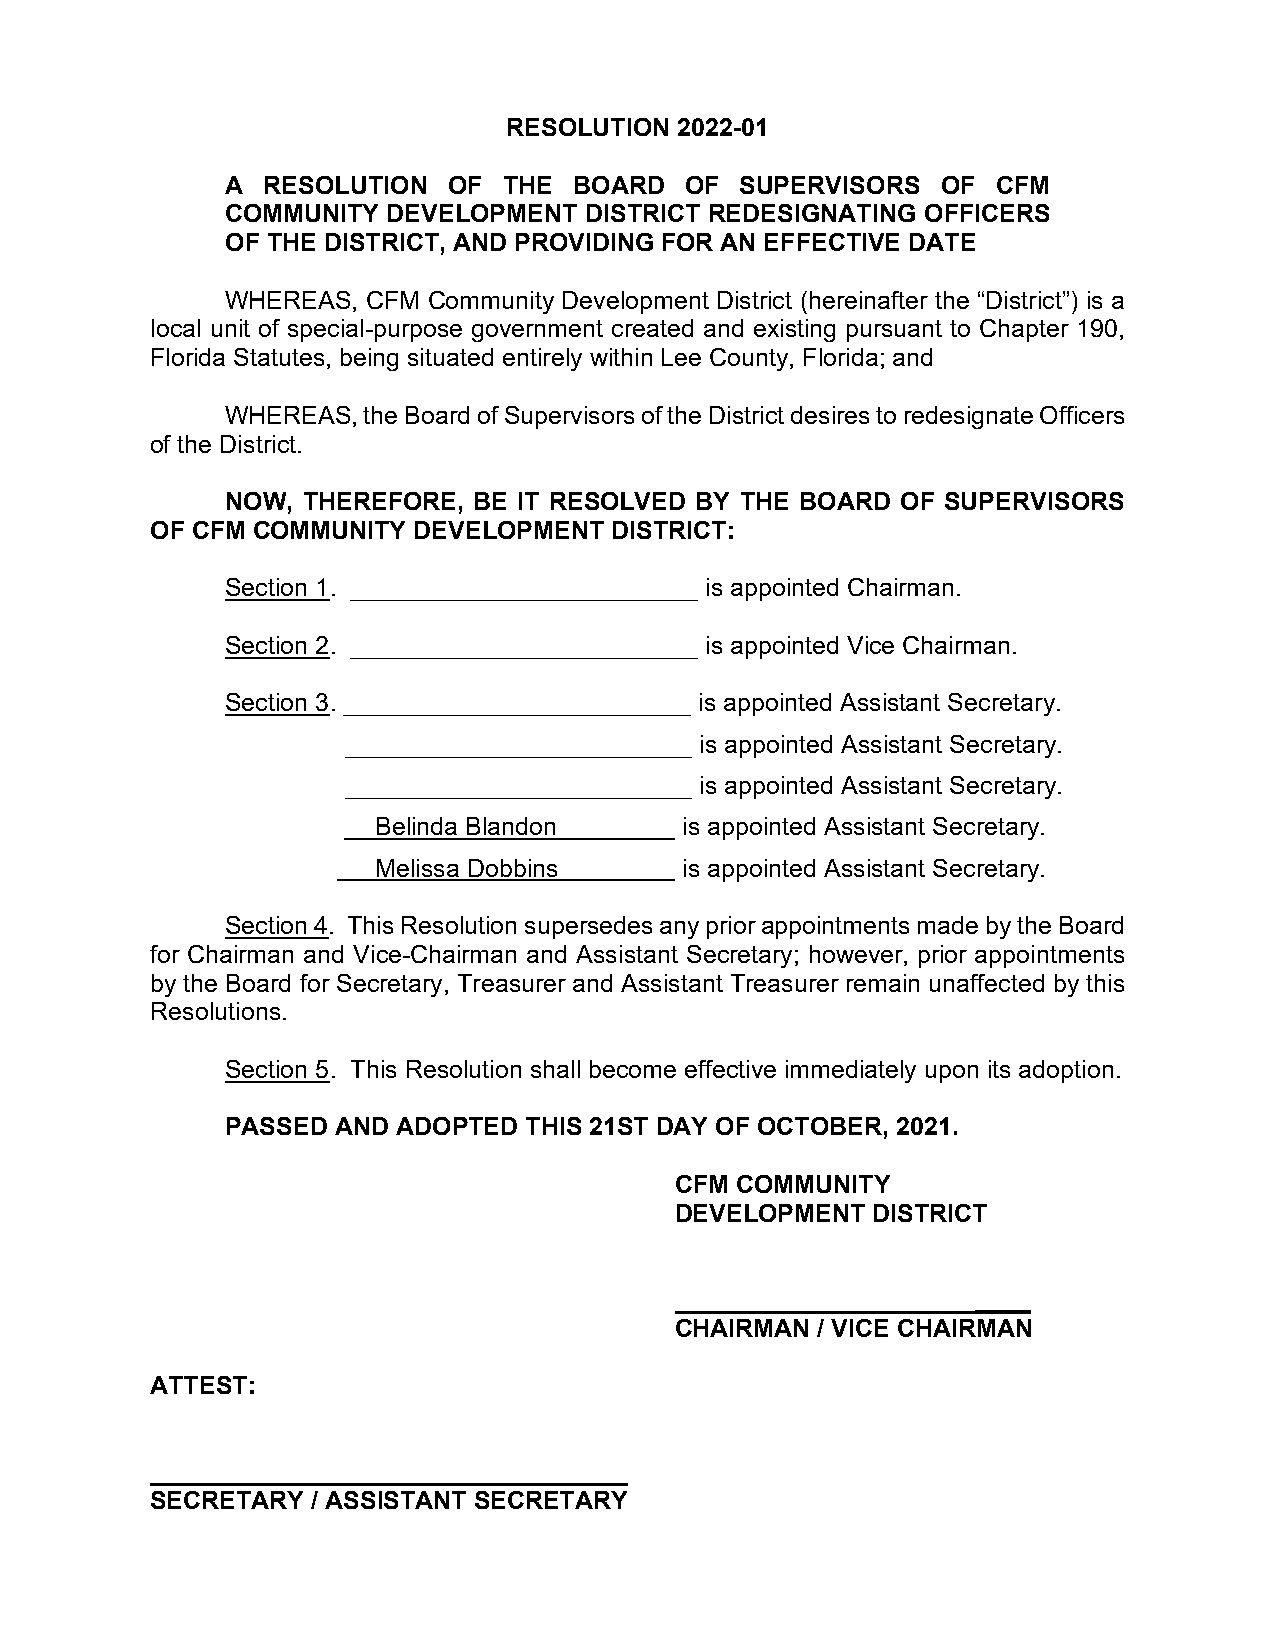
RESOLUTION 2022-01
 A RESOLUTION   OF THE  BOARD  OF  SUPERVISORS  OF  CFM
 COMMUNITY  DEVELOPMENT  DISTRICT REDESIGNATING OFFICERS
 OF THE DISTRICT, AND PROVIDING FOR AN EFFECTIVE DATE
 WHEREAS, CFM Community Development District (hereinafter the “District”) is a
 local unit of special-purpose government created and existing pursuant to Chapter 190,
 Florida Statutes, being situated entirely within Lee County, Florida; and
 WHEREAS, the Board of Supervisors of the District desires to redesignate Officers
 of the District.
 NOW, THEREFORE, BE IT RESOLVED BY THE BOARD  OF SUPERVISORS
 OF CFM COMMUNITY DEVELOPMENT  DISTRICT:
 Section 1. _________________________ is appointed Chairman.
 Section 2. _________________________ is appointed Vice Chairman.
 Section 3. _________________________ is appointed Assistant Secretary.
 _________________________ is appointed Assistant Secretary.
 _________________________ is appointed Assistant Secretary.
 Belinda Blandon     is appointed Assistant Secretary.
 Melissa Dobbins     is appointed Assistant Secretary.
 Section 4. This Resolution supersedes any prior appointments made by the Board
 for Chairman and Vice-Chairman and Assistant Secretary; however, prior appointments
 by the Board for Secretary, Treasurer and Assistant Treasurer remain unaffected by this
 Resolutions.
 Section 5. This Resolution shall become effective immediately upon its adoption.
 PASSED AND ADOPTED  THIS 21ST DAY OF OCTOBER, 2021.
 CFM COMMUNITY
 DEVELOPMENT  DISTRICT
 ____
 CHAIRMAN / VICE CHAIRMAN
 ATTEST:
 __
 SECRETARY  / ASSISTANT SECRETARY